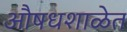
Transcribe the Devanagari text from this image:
औषधशाळेत